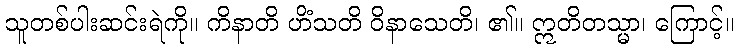
သူတစ်ပါးဆင်းရဲကို။ ကိနာတိ ဟိံသတိ ဝိနာသေတိ၊ ၏။ ဣတိတသ္မာ၊ ကြောင့်။